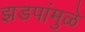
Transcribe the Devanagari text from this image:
झडपांमुळे